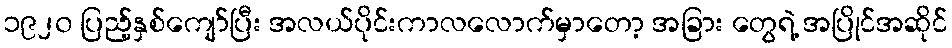
၁၉၂၀ ပြည့်နှစ်ကျော်ပြီး အလယ်ပိုင်းကာလလောက်မှာတော့ အခြား တွေရဲ့ အပြိုင်အဆိုင်